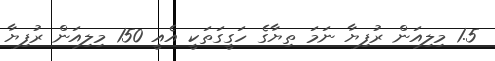
1.5 މިލިއަން ރުފިޔާ ނަމަ ތިޔާގެ ހަގީގަތަކީ އެއީ 150 މިލިއަން ރުފިޔާ